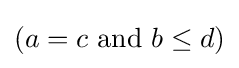
(a=c{\text{ and }}b\leq d)